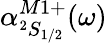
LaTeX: \alpha_{^2S_{1/2}}^{M1+}(\omega)